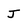
Character: J